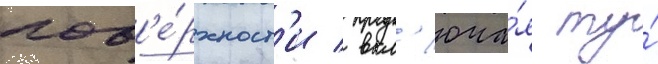
пов'е́рхност'и / вкл'юча́я ту́